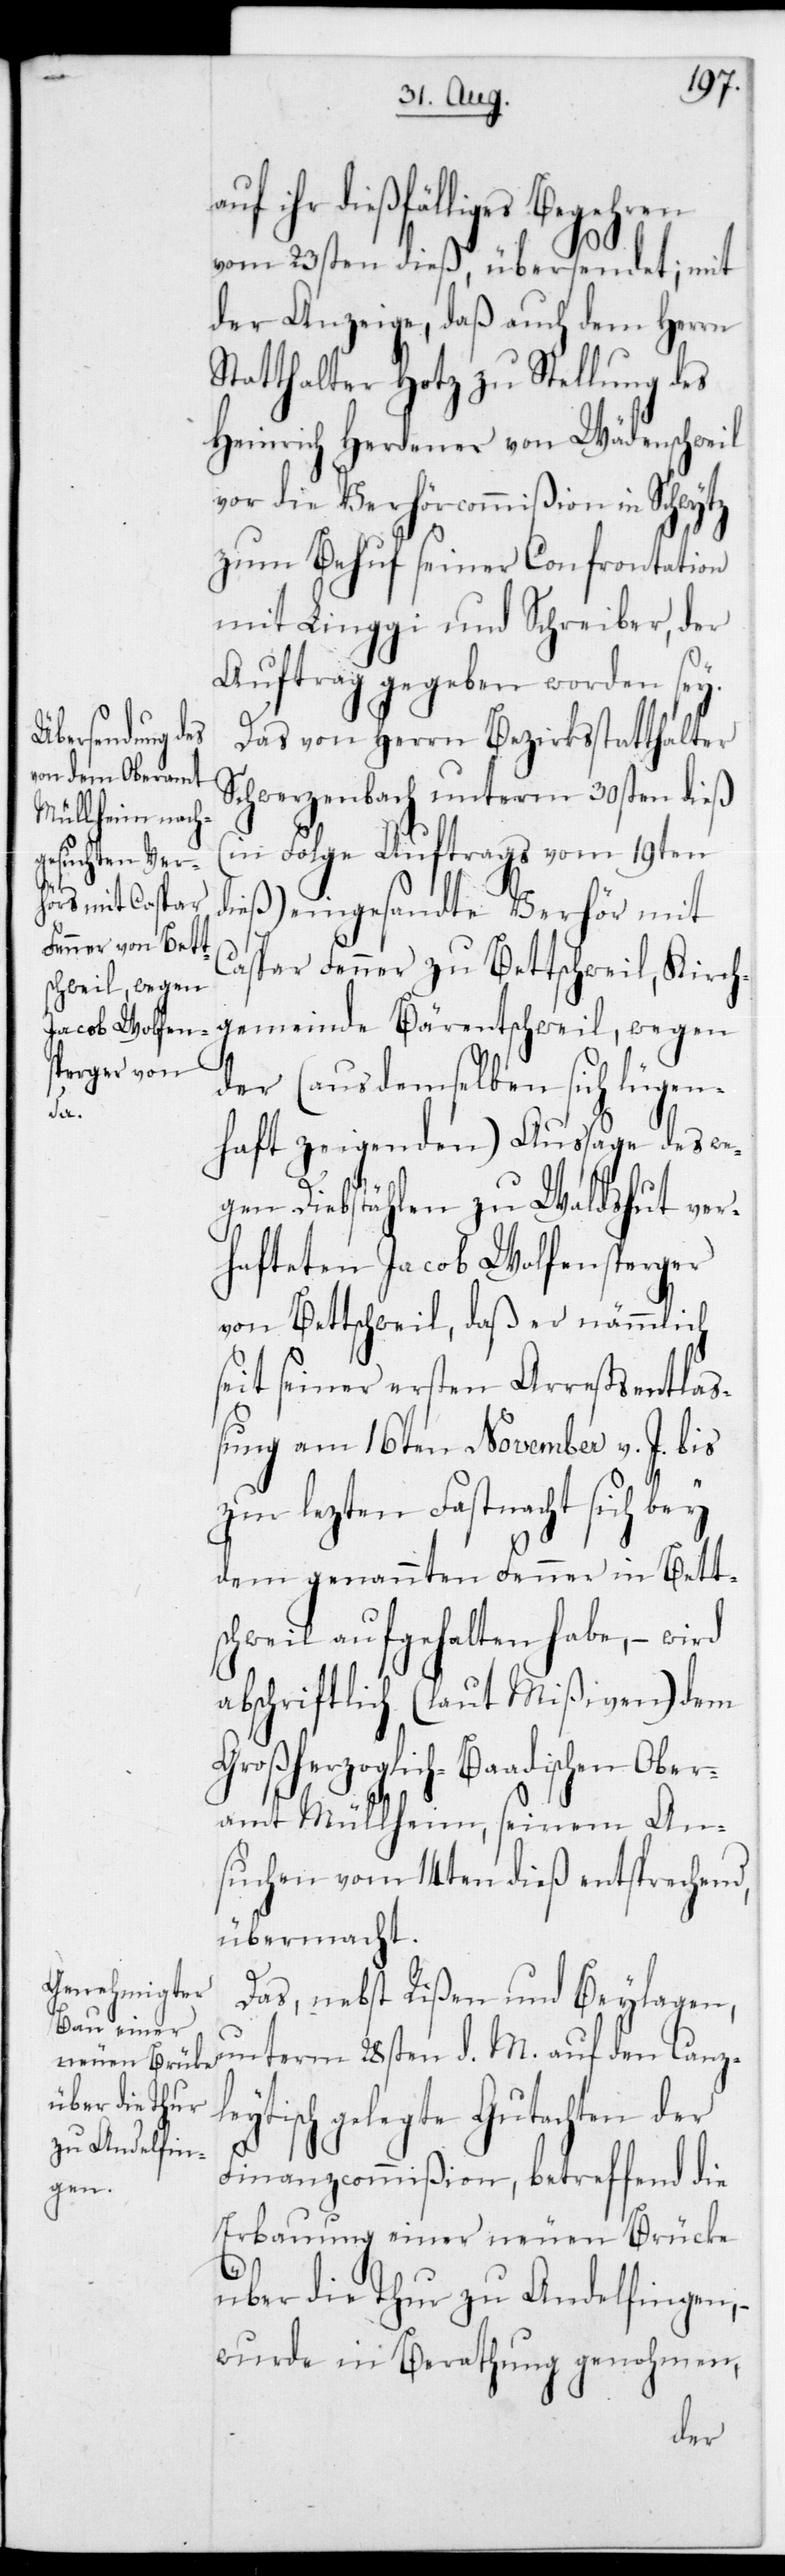
leyt¬

uf ihr dießfälliges Begehren
vom 23sten dieß, übersendet; mit
der Anzeige, daß auch dem Herrn
Statthalter Hotz zu Stellung des
Heinrich Herdener von Wädenschweil
vor die Verhörcommißion in Schwytz
zum Behuf seiner Confrontation
mit Linggi und Schreiber, der
Auftrag gegeben worden sey.
Das von Herrn Bezirksstatthalter
Schwerzenbach unterm 30sten dieß
(in Folge Auftrags vom 19ten
dieß) eingesandte Verhör mit
Caspar Fenner zu Bettschweil, Kirch¬
gemeinde Bärentschweil, wegen
der (aus demselben sich lügen¬
haft zeigenden) Aussage des we¬
gen Diebstählen zu Waldshut ver¬
hafteten Jacob Wolfensperger
von Bettschweil, daß er nämmlich
seit seiner ersten Arrestentlas¬
sung am 16ten November v. J. bis
zur lezten Fasnacht sich bey
dem genannten Fenner in Bett¬
schweil aufgehalten habe, – wird
abschriftlich (laut Mißiven) dem
Großherzoglich-Baadischen Ober¬
amt Müllheim, seinem An¬
suchen vom 14ten dieß entsprechend,
übermacht.
Das nebst Rißen und Beylagen,
unterm 28sten d. M. auf den Canz¬
isch gelegte Gutachten der
Finanzcommißion, betreffend die
Erbauung einer neuen Brücke
über die Thur zu Andelfingen,
wurde in Berathung genohmen,